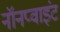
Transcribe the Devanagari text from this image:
नॉनप्वाइंट